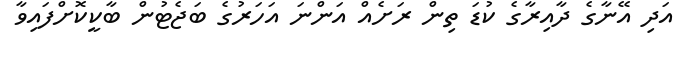
އަދި އޭނާގެ ދާއިރާގެ ކުޑަ ތިން ރަށެއް އަންނަ އަހަރުގެ ބަޖެޓުން ބާކީކޮށްފައިވާ